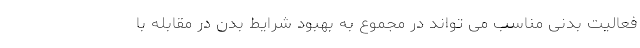
فعالیت بدنی مناسب می تواند در مجموع به بهبود شرایط بدن در مقابله با